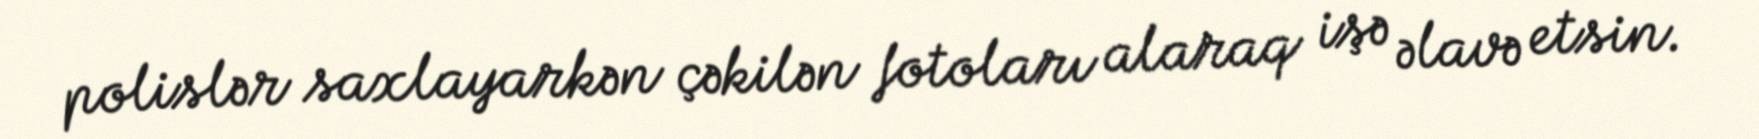
polislər saxlayarkən çəkilən fotoları alaraq işə əlavə etsin.